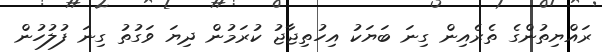
ރައްޔިތުންގެ ތެރެއިން ގިނަ ބަޔަކު އިހުތިޖާޖު ކުރަމުން ދިޔަ ވަގުތު ގިނަ ފުލުހުން